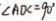
\angle A D C = 9 0 ^ { \circ }